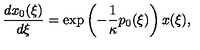
\frac { d x _ { 0 } ( \xi ) } { d \xi } = \exp \left( - \frac 1 \kappa p _ { 0 } ( \xi ) \right) x ( \xi ) ,